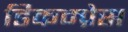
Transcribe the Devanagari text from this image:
डिकम्प्रेस